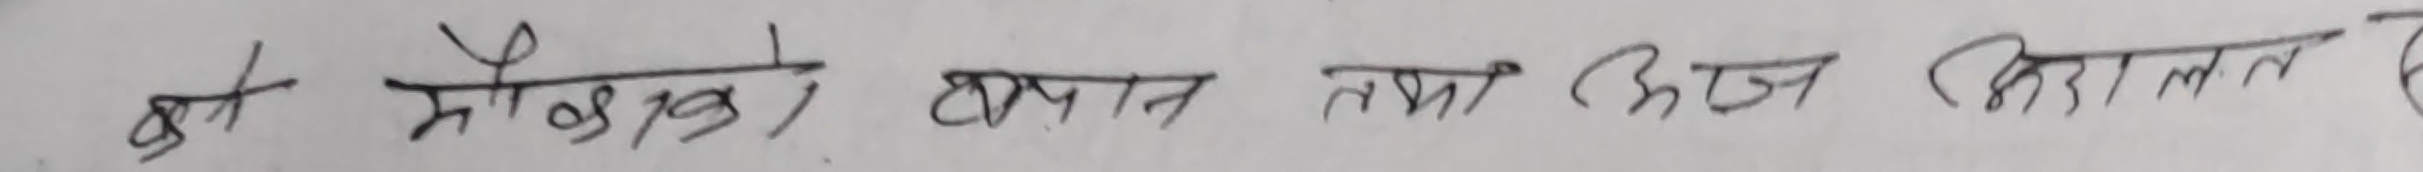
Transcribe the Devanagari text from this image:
को मौखिक बयान तथा उजू अदालत है